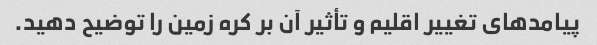
پیامدهای تغییر اقلیم و تأثیر آن بر کره زمین را توضیح دهید.